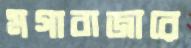
মগাবাজারে